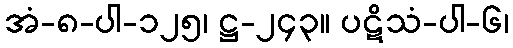
အံ-၈-ပါ-၁၂၅၊ ဋ္ဌ-၂၄၃။ ပဋိသံ-ပါ-၆၊